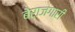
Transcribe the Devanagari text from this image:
बेराजगारी